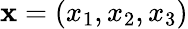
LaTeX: \textbf{x}=\left(x_{1},x_{2},x_{3}\right)